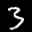
Label: 3